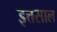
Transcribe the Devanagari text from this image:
इत्तसाल